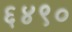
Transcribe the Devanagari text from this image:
६४९०